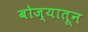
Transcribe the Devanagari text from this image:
बोज्यातून